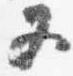
又